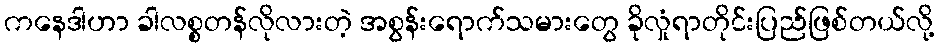
ကနေဒါဟာ ခါလစ္စတန်လိုလားတဲ့ အစွန်းရောက်သမားတွေ ခိုလှုံရာတိုင်းပြည်ဖြစ်တယ်လို့